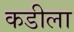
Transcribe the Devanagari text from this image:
कडीला